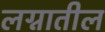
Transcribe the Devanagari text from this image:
लग्नातील